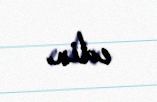
edin.